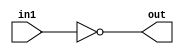
/*
    CS/ECE 552 Spring '20
    Homework #1, Problem 1

    1 input NOT
*/
module not1 (in1,out);
    input in1;
    output out;
    assign out = ~in1;
endmodule